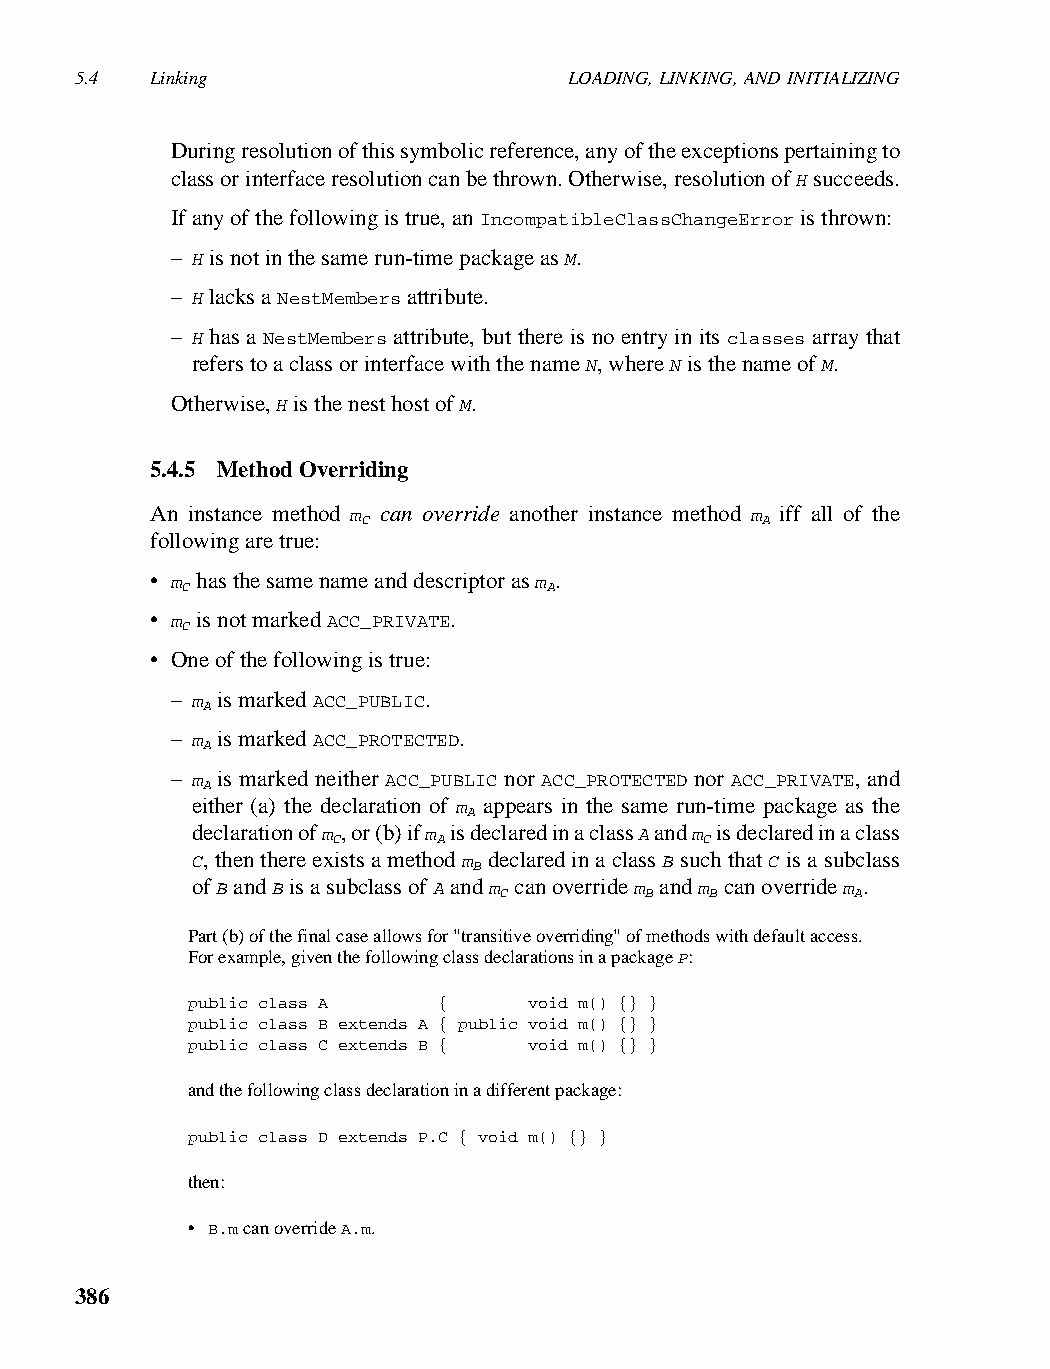
5.4  Linking                     LOADING, LINKING, AND INITIALIZING
 During resolution of this symbolic reference, any of the exceptions pertaining to
 class or interface resolution can be thrown. Otherwise, resolution of H succeeds.
 If any of the following is true, an IncompatibleClassChangeError is thrown:
 – H is not in the same run-time package as M.
 – H lacks a NestMembers attribute.
 – H has a NestMembers attribute, but there is no entry in its classes array that
 refers to a class or interface with the name N, where N is the name of M.
 Otherwise, H is the nest host of M.
 5.4.5 Method Overriding
 An instance method m can override another instance method m iff all of the
 C                         A
 following are true:
 • m has the same name and descriptor as m .
 C                       A
 • m is not marked ACC_PRIVATE.
 C
 • One of the following is true:
 – m is marked ACC_PUBLIC.
 A
 – m is marked ACC_PROTECTED.
 A
 – m is marked neither ACC_PUBLIC nor ACC_PROTECTED nor ACC_PRIVATE, and
 A
 either (a) the declaration of m appears in the same run-time package as the
 A
 declaration of m , or (b) if m is declared in a class A and m is declared in a class
 C      A                 C
 C, then there exists a method m declared in a class B such that C is a subclass
 B
 of B and B is a subclass of A and m can override m and m can override m .
 C         B   B         A
 Part (b) of the final case allows for "transitive overriding" of methods with default access.
 For example, given the following class declarations in a package P:
 public class A   {     void m() {} }
 public class B extends A { public void m() {} }
 public class C extends B { void m() {} }
 and the following class declaration in a different package:
 public class D extends P.C { void m() {} }
 then:
 • B.m can override A.m.
 386